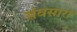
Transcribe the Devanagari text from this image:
संवसारा